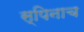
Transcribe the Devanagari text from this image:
स्पिनाच